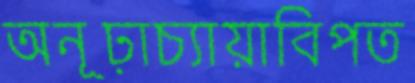
অনূঢ়াচ্যায়াবিপত